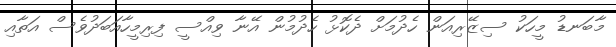
މާބަނޑު މީހަކު ސިޒޭރިއަން ހެދުމަށް ދެކޮޅު ހެދުމުން އޭނާ ވިއްސީ ފިރިމީހާއަބަދުވެސް އަތާއި